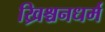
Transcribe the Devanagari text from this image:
ख्रिश्चनधर्म